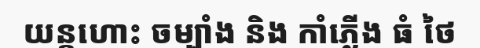
យន្តហោះ ចម្បាំង និង កាំភ្លើង ធំ ថៃ